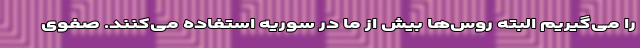
را می‌گیریم البته روس‌ها بیش از ما در سوریه استفاده می‌کنند. صفوی